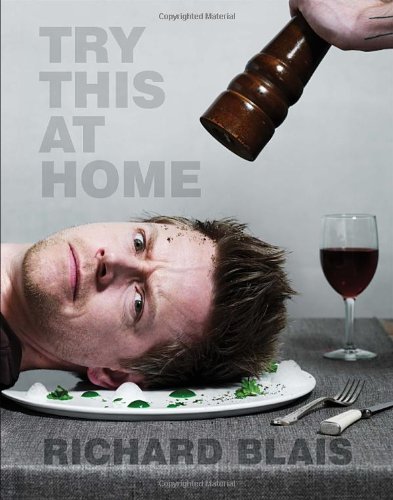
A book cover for Try This at Home: Recipes from My Head to Your Plate; Richard Blais; Cookbooks, Food & Wine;